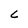
Character: C